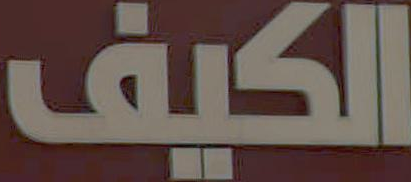
الكيف